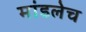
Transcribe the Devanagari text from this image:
मांडलेच